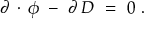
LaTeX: \partial \, \cdot \, \phi \ - \ \partial \, D \ = \ 0 \ .